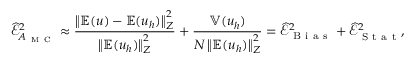
\widehat { \mathcal { E } } _ { A _ { \mathrm { ~ M ~ C ~ } } } ^ { 2 } \approx \frac { \left\Vert \mathbb { E } ( u ) - \mathbb { E } ( u _ { h } ) \right\Vert _ { Z } ^ { 2 } } { \left\Vert \mathbb { E } ( u _ { h } ) \right\Vert _ { Z } ^ { 2 } } + \frac { \mathbb { V } ( u _ { h } ) } { N \left\Vert \mathbb { E } ( u _ { h } ) \right\Vert _ { Z } ^ { 2 } } = \widehat { \mathcal { E } } _ { \mathrm { ~ B ~ i ~ a ~ s ~ } } ^ { 2 } + \widehat { \mathcal { E } } _ { \mathrm { ~ S ~ t ~ a ~ t ~ } } ^ { 2 } ,